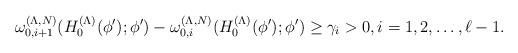
LaTeX: \begin{align*}\omega_{0,i+1}^{(\Lambda,N)}(H_0^{(\Lambda)}(\phi');\phi')-\omega_{0,i}^{(\Lambda,N)}(H_0^{(\Lambda)}(\phi');\phi')\ge\gamma_i>0,i=1,2,\ldots,\ell-1.\end{align*}